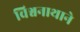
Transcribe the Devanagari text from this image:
विश्वनाथाने